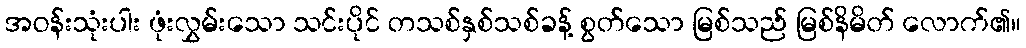
အဝန်းသုံးပါး ဖုံးလွှမ်းသော သင်းပိုင် တသစ်နှစ်သစ်ခန့် စွတ်သော မြစ်သည် မြစ်နိမိတ် လောက်၏။